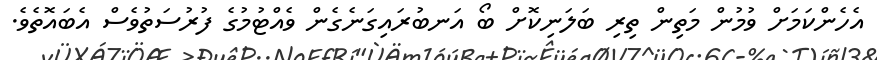
އެހެންކަމަށް ވުމުން މަތިން ތިރި ބަލަނިކޮށް ބޯ އަނބުރައިގަނެގެން ވެއްޓުމުގެ ފުރުސަތުވެސް އެބައޮތެވެ.